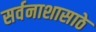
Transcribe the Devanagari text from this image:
सर्वनाशासाठे